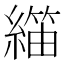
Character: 𬗺